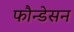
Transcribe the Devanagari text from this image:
फौन्डेसन